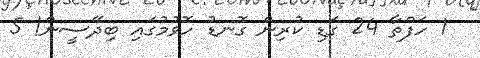
1 ހަފްތާ 24 ގަޑި ކުރިން ގޮނޑު ހޮވުމުގައި ބިދޭސީން! 5